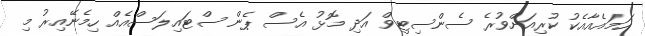
ހަމައެއާއެކު ކުރިއަށްވުރެ ސެންސިޓިވް އަދި މޮޅު އެސް ޕެން ސްޓައިލަސްއެއް ހިމެނޭއިރު މި